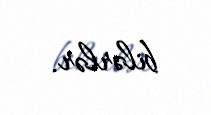
bilərlər.